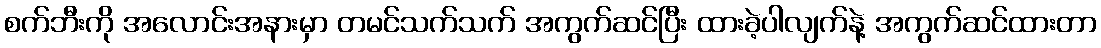
စက်ဘီးကို အလောင်းအနားမှာ တမင်သက်သက် အကွက်ဆင်ပြီး ထားခဲ့ပါလျက်နဲ့ အကွက်ဆင်ထားတာ